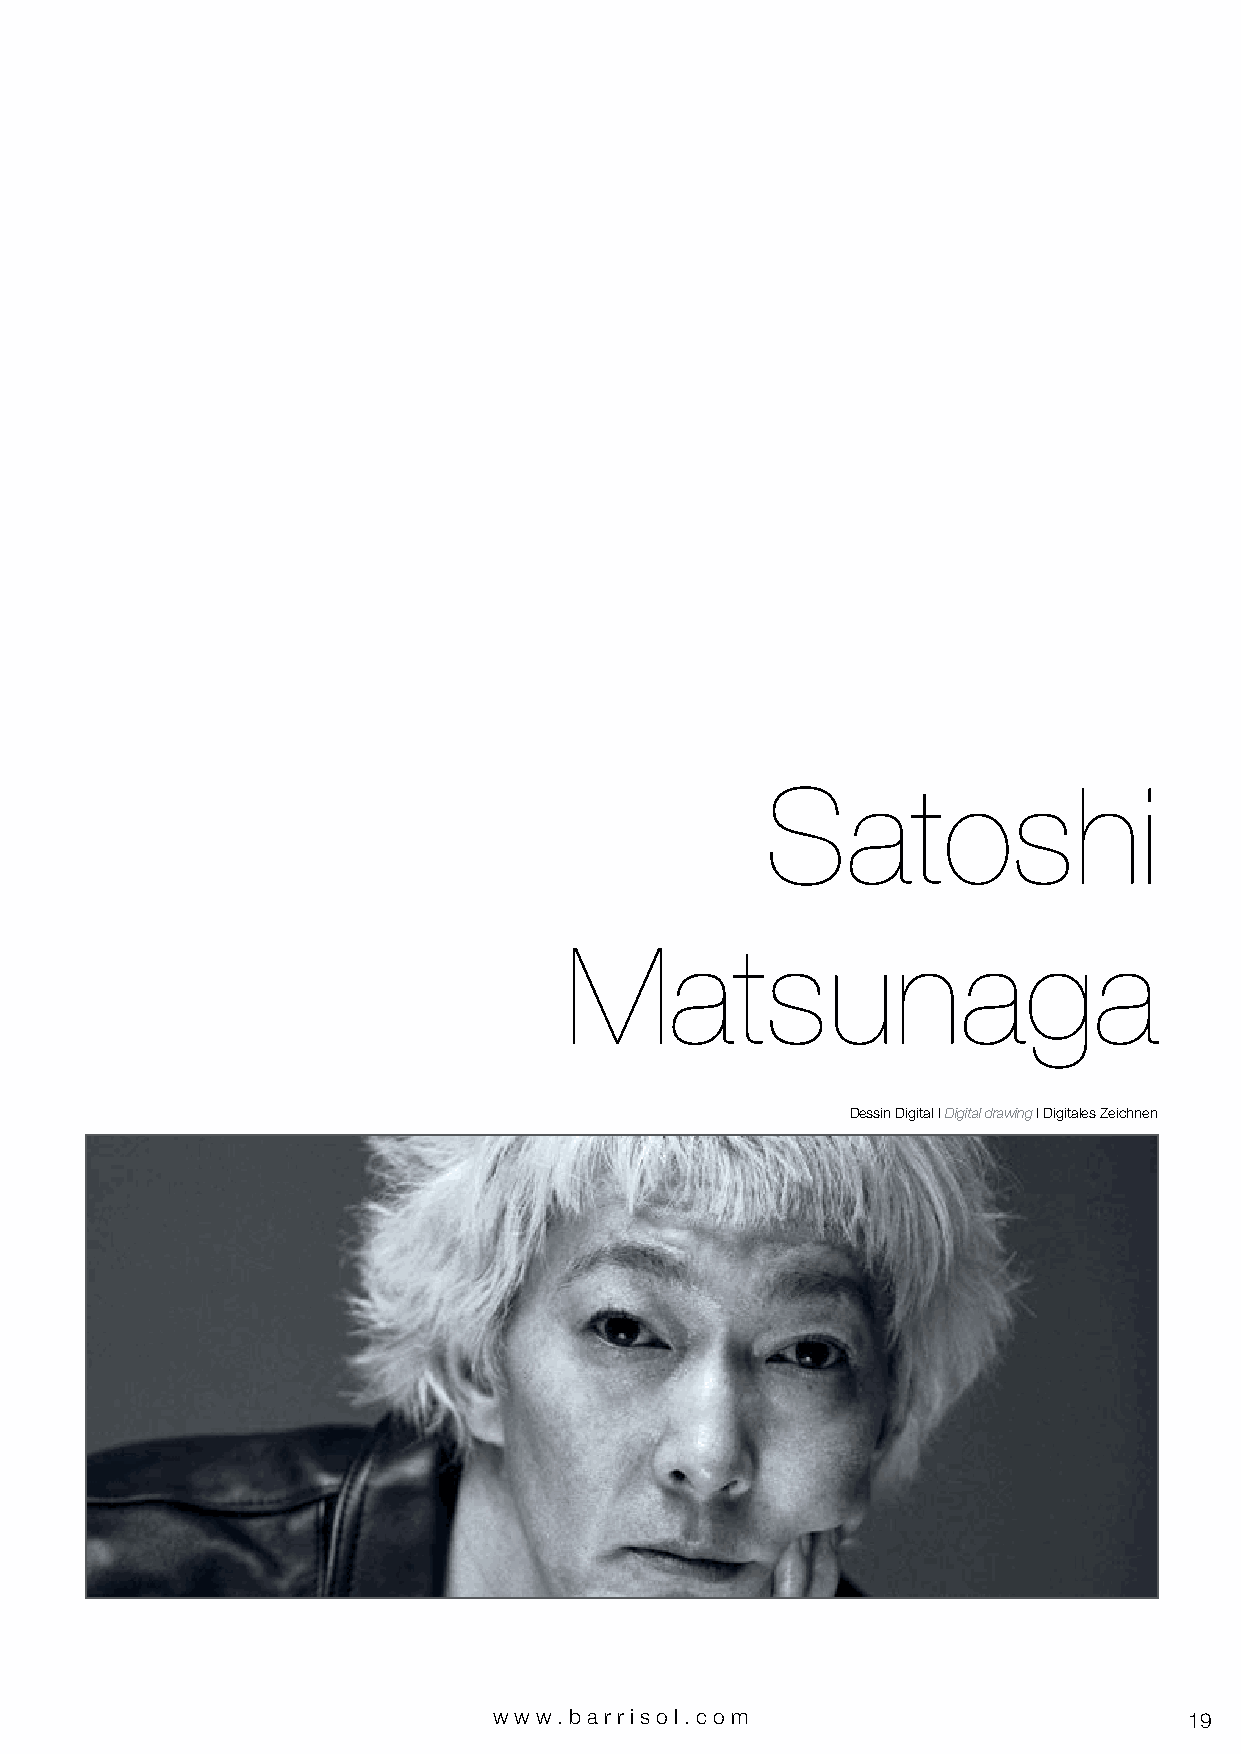
Satoshi
 Matsunaga
 Réf. : COBALT HOUR I S. MATSUNAGA
 Dessin Digital I Digital drawing I Digitales Zeichnen
 www.bar riso l. com                           19